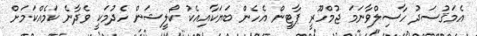
އެމަޤުސަދު ހާސިލްވާނަމަ ޖުމްހޫރީ ޕާޓީން އެހެން ބަޔަކާއިއެކު ކޯލީޝަން ހެދުމަކީ ވެދާނެ ކަމެއްކަމަށް